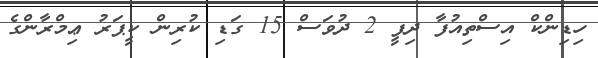
ހިޑިންކް އިސްތިއުފާ ދިފީ 2 ދުވަސް 15 ގަޑި ކުރިން ކީޕަރު ޢިމްރާންގެ